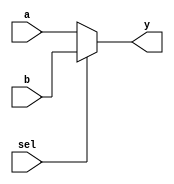

//
//	mux2.v
//		Adjustable data width mux 2
//

// -------------------------------- //
//	By: Bryce Keen	
// -------------------------------- //

// Change Log:	NA


module mux2(a, b, sel, y);
	parameter WIDTH = 32;
	
	input wire [WIDTH - 1:0]	a, b;
	input wire 					sel;
	output wire [WIDTH - 1:0]	y;

	assign y = sel ? b : a;

endmodule